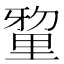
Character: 𮡘